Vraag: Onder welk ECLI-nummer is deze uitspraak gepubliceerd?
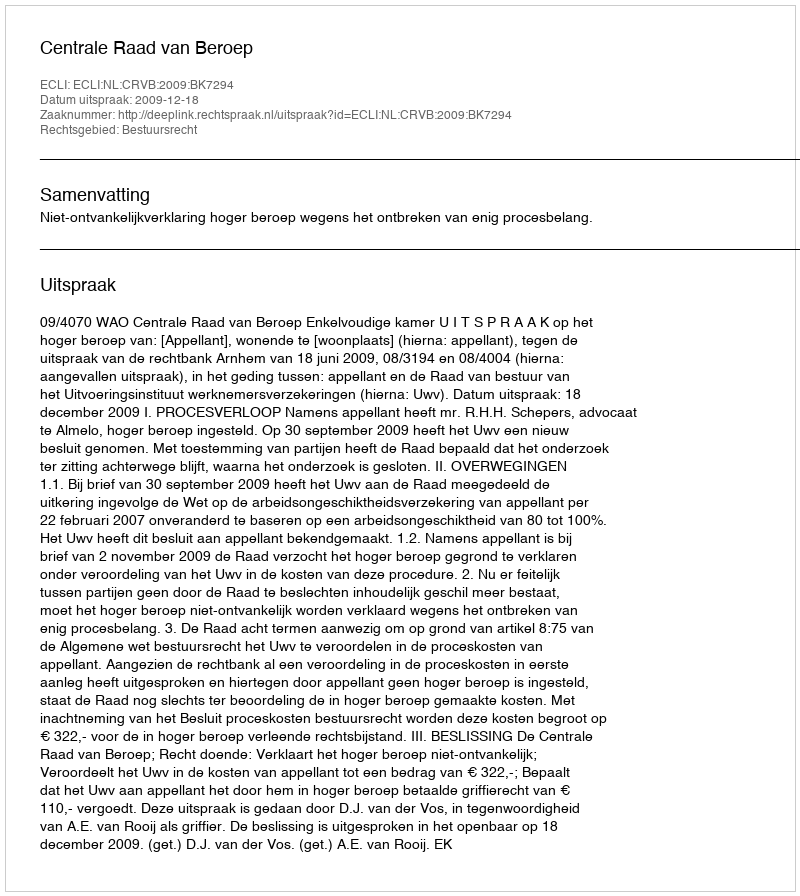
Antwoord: ECLI:NL:CRVB:2009:BK7294